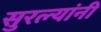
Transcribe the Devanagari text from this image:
सुरल्यांनी